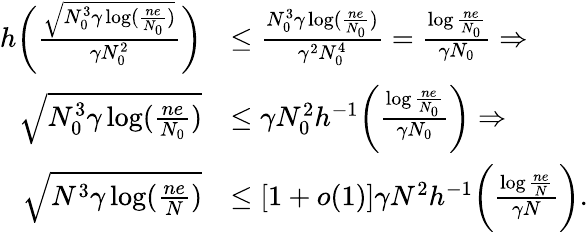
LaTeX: \begin{array}{rl}{h\bigg(\frac{\sqrt{N_{0}^{3}\gamma\log(\frac{ne}{N_{0}})}}{\gamma N_{0}^{2}}\bigg)}&{\leq\frac{N_{0}^{3}\gamma\log(\frac{ne}{N_{0}})}{\gamma^{2}N_{0}^{4}}=\frac{\log\frac{ne}{N_{0}}}{\gamma N_{0}}\Rightarrow}\\ {\sqrt{N_{0}^{3}\gamma\log(\frac{ne}{N_{0}})}}&{\leq\gamma N_{0}^{2}h^{-1}\bigg(\frac{\log\frac{ne}{N_{0}}}{\gamma N_{0}}\bigg)\Rightarrow}\\ {\sqrt{N^{3}\gamma\log(\frac{ne}{N})}}&{\leq[1+o(1)]\gamma N^{2}h^{-1}\bigg(\frac{\log\frac{ne}{N}}{\gamma N}\bigg).}\end{array}